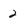
Character: 2